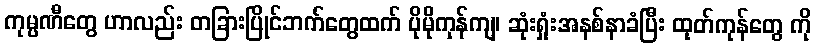
ကုမ္ပဏီတွေ ဟာလည်း တခြားပြိုင်ဘက်တွေထက် ပိုမိုကုန်ကျ၊ ဆုံးရှုံးအနစ်နာခံပြီး ထုတ်ကုန်တွေ ကို